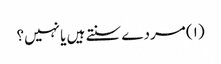
(۱) مردے سنتے ہیں یا نہیں؟